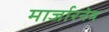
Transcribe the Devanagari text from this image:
मार्जारनेत्र